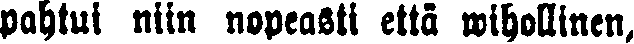
pahtui niin nopeasti että wihollinen,